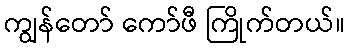
ကျွန်တော် ကော်ဖီ ကြိုက်တယ်။